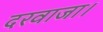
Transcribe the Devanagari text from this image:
दरवाजा।